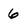
Character: 6